Scottish Leaving Certificate Examination, 1961
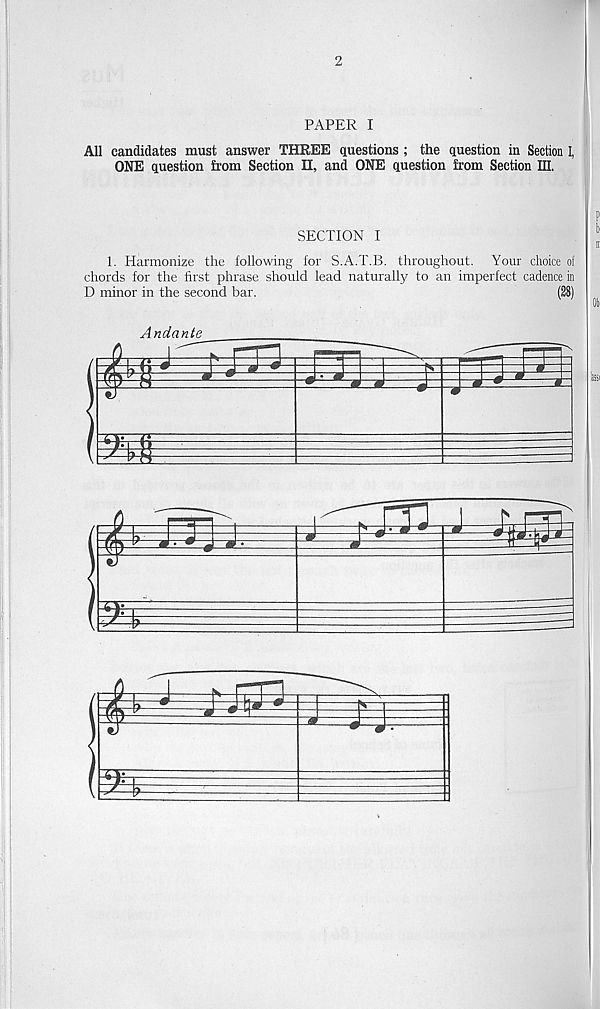
2
PAPER I
All candidates must answer THREE questions ; the question in Section I,
ONE question from Section II, and ONE question from Section III.
SECTION I
1. Harmonize the following for S.A.T.B. throughout. Your choice of
chords for the first phrase should lead naturally to an imperfect cadence in
D minor in the second bar.
(28)
Andante
* w
m
i
•—=#
»
j j